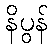
နိပွန်